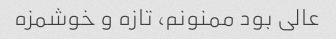
عالی بود ممنونم، تازه و خوشمزه